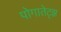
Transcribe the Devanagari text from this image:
पोगातेट्झ